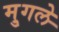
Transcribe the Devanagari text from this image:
मु्गले